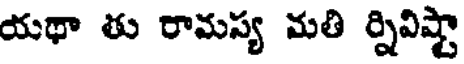
యథా తు రామస్య మతి ర్నివిష్టా